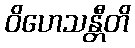
ဝိဟေသန္တီတိ